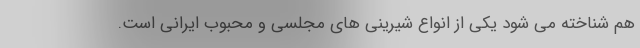
هم شناخته می شود یکی از انواع شیرینی های مجلسی و محبوب ایرانی است.